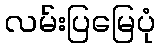
လမ်းပြမြေပုံ